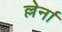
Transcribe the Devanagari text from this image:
ल्लेर्ना